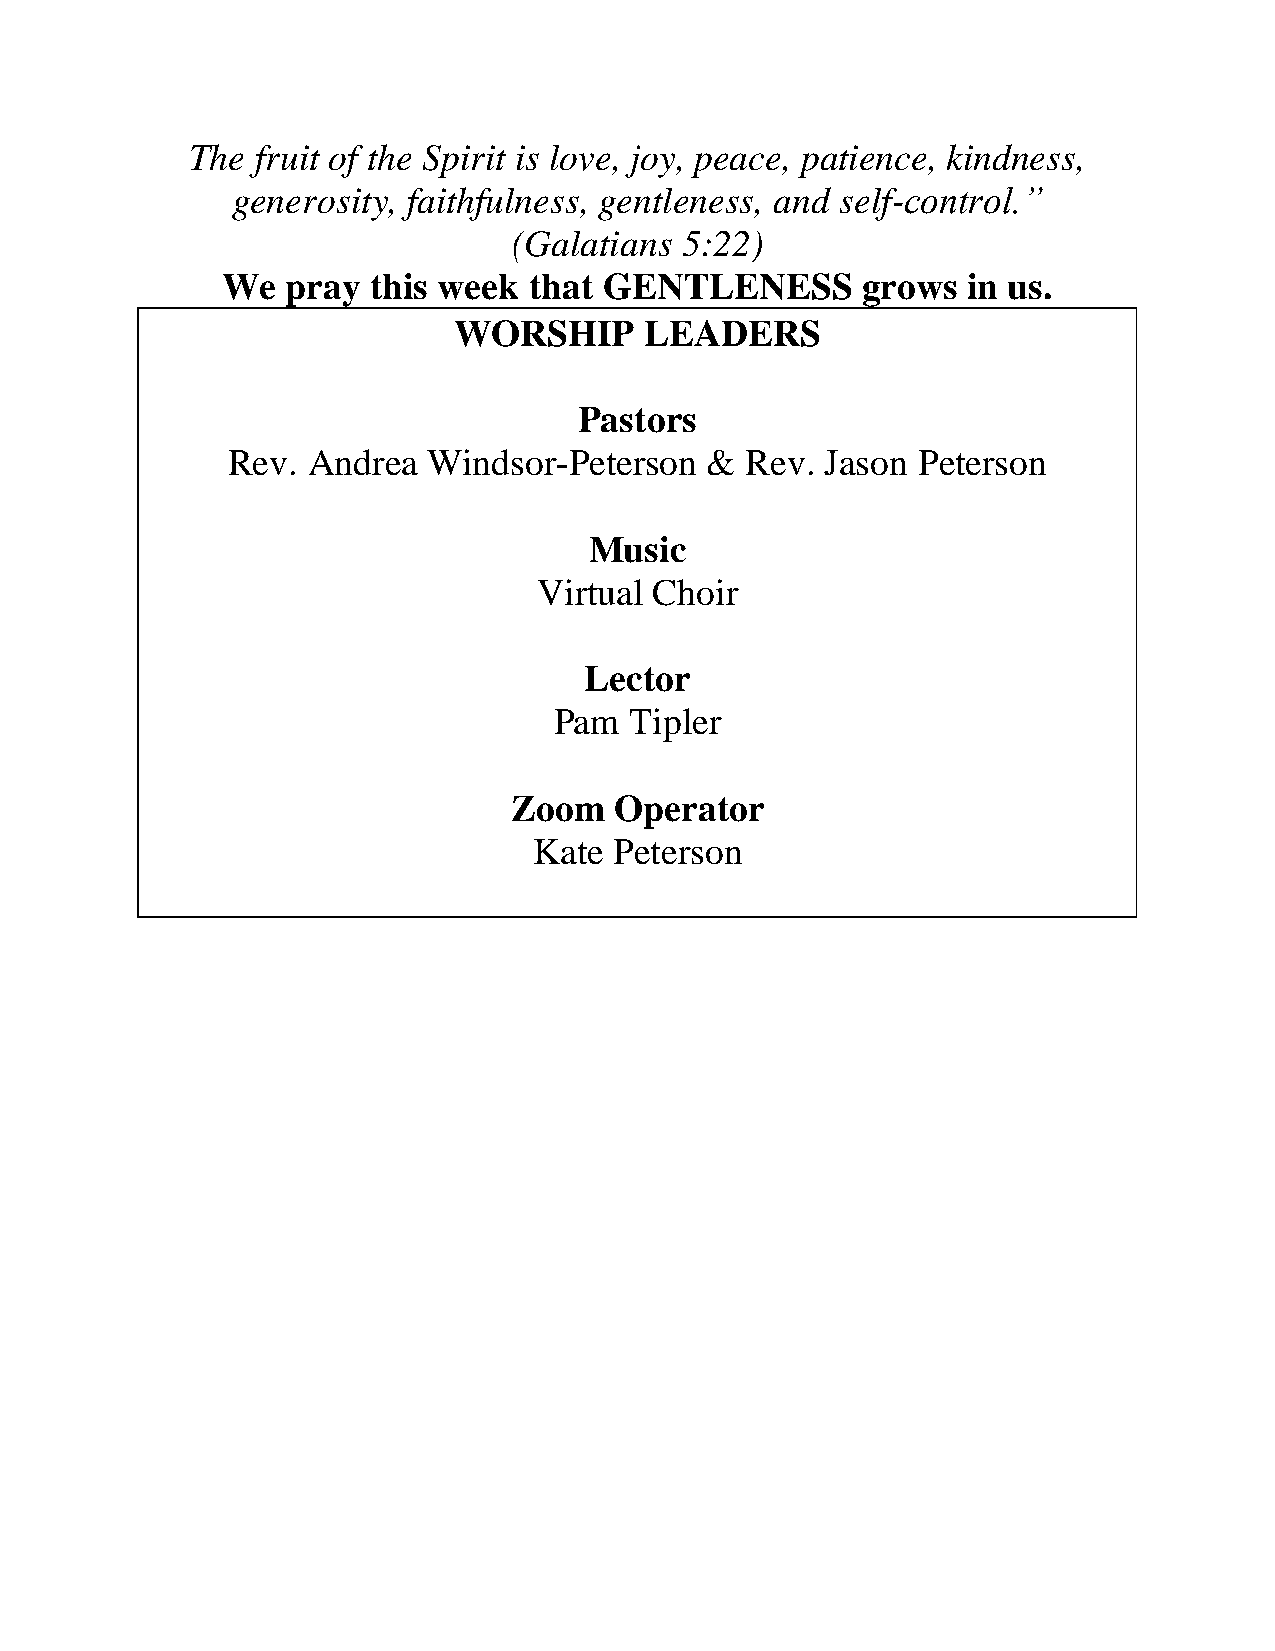
The fruit of the Spirit is love, joy, peace, patience, kindness,
 generosity, faithfulness, gentleness, and self-control.”
 (Galatians 5:22)
 We  pray  this week that GENTLENESS       grows  in us.
 WORSHIP      LEADERS
 Pastors
 Rev. Andrea  Windsor-Peterson   & Rev.  Jason Peterson
 Music
 Virtual Choir
 Lector
 Pam  Tipler
 Zoom   Operator
 Kate  Peterson